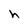
Character: h